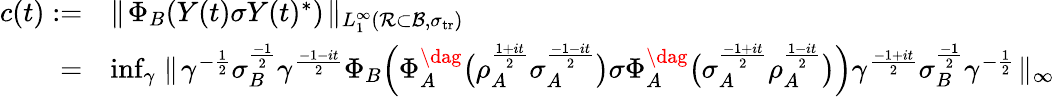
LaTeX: \begin{array}{rl}{c(t):=}&{\parallel\! \Phi_{B}(Y(t)\sigma Y(t)^{*})\! \parallel_{L_{1}^{\infty}({\mathcal R}\subset{\mathcal{B}},\sigma_{{\mathrm{tr}}})}}\\ {=}&{\operatorname*{inf}_{\gamma}\parallel\! \gamma^{-\frac{1}{2}}\sigma_{B}^{\frac{-1}{2}}\gamma^{\frac{-1-it}{2}}\Phi_{B}\Big(\Phi_{A}^{\dag}\big(\rho_{A}^{\frac{1+it}{2}}\sigma_{A}^{\frac{-1-it}{2}}\big)\sigma\Phi_{A}^{\dag}\big(\sigma_{A}^{\frac{-1+it}{2}}\rho_{A}^{\frac{1-it}{2}}\big)\Big)\gamma^{\frac{-1+it}{2}}\sigma_{B}^{\frac{-1}{2}}\gamma^{-\frac{1}{2}}\! \parallel_{\infty}}\end{array}